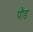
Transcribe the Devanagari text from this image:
पाैड